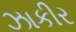
ઝાકીર